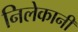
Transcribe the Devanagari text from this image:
निलेकानी